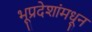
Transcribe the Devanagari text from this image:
भूप्रदेशांमधून